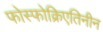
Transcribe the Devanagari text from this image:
फोस्फोक्रिएतिनीन